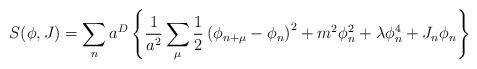
LaTeX: \begin{align*}S(\phi,J) = \sum_n a^D \left \{ \frac{1}{a^2} \sum_{\mu} \frac{1}{2}\left ( \phi_{n+ \mu} - \phi_n \right )^2 + m^2 \phi_n^2 + \lambda\phi_n^4 +J_n \phi_n \right \}\end{align*}